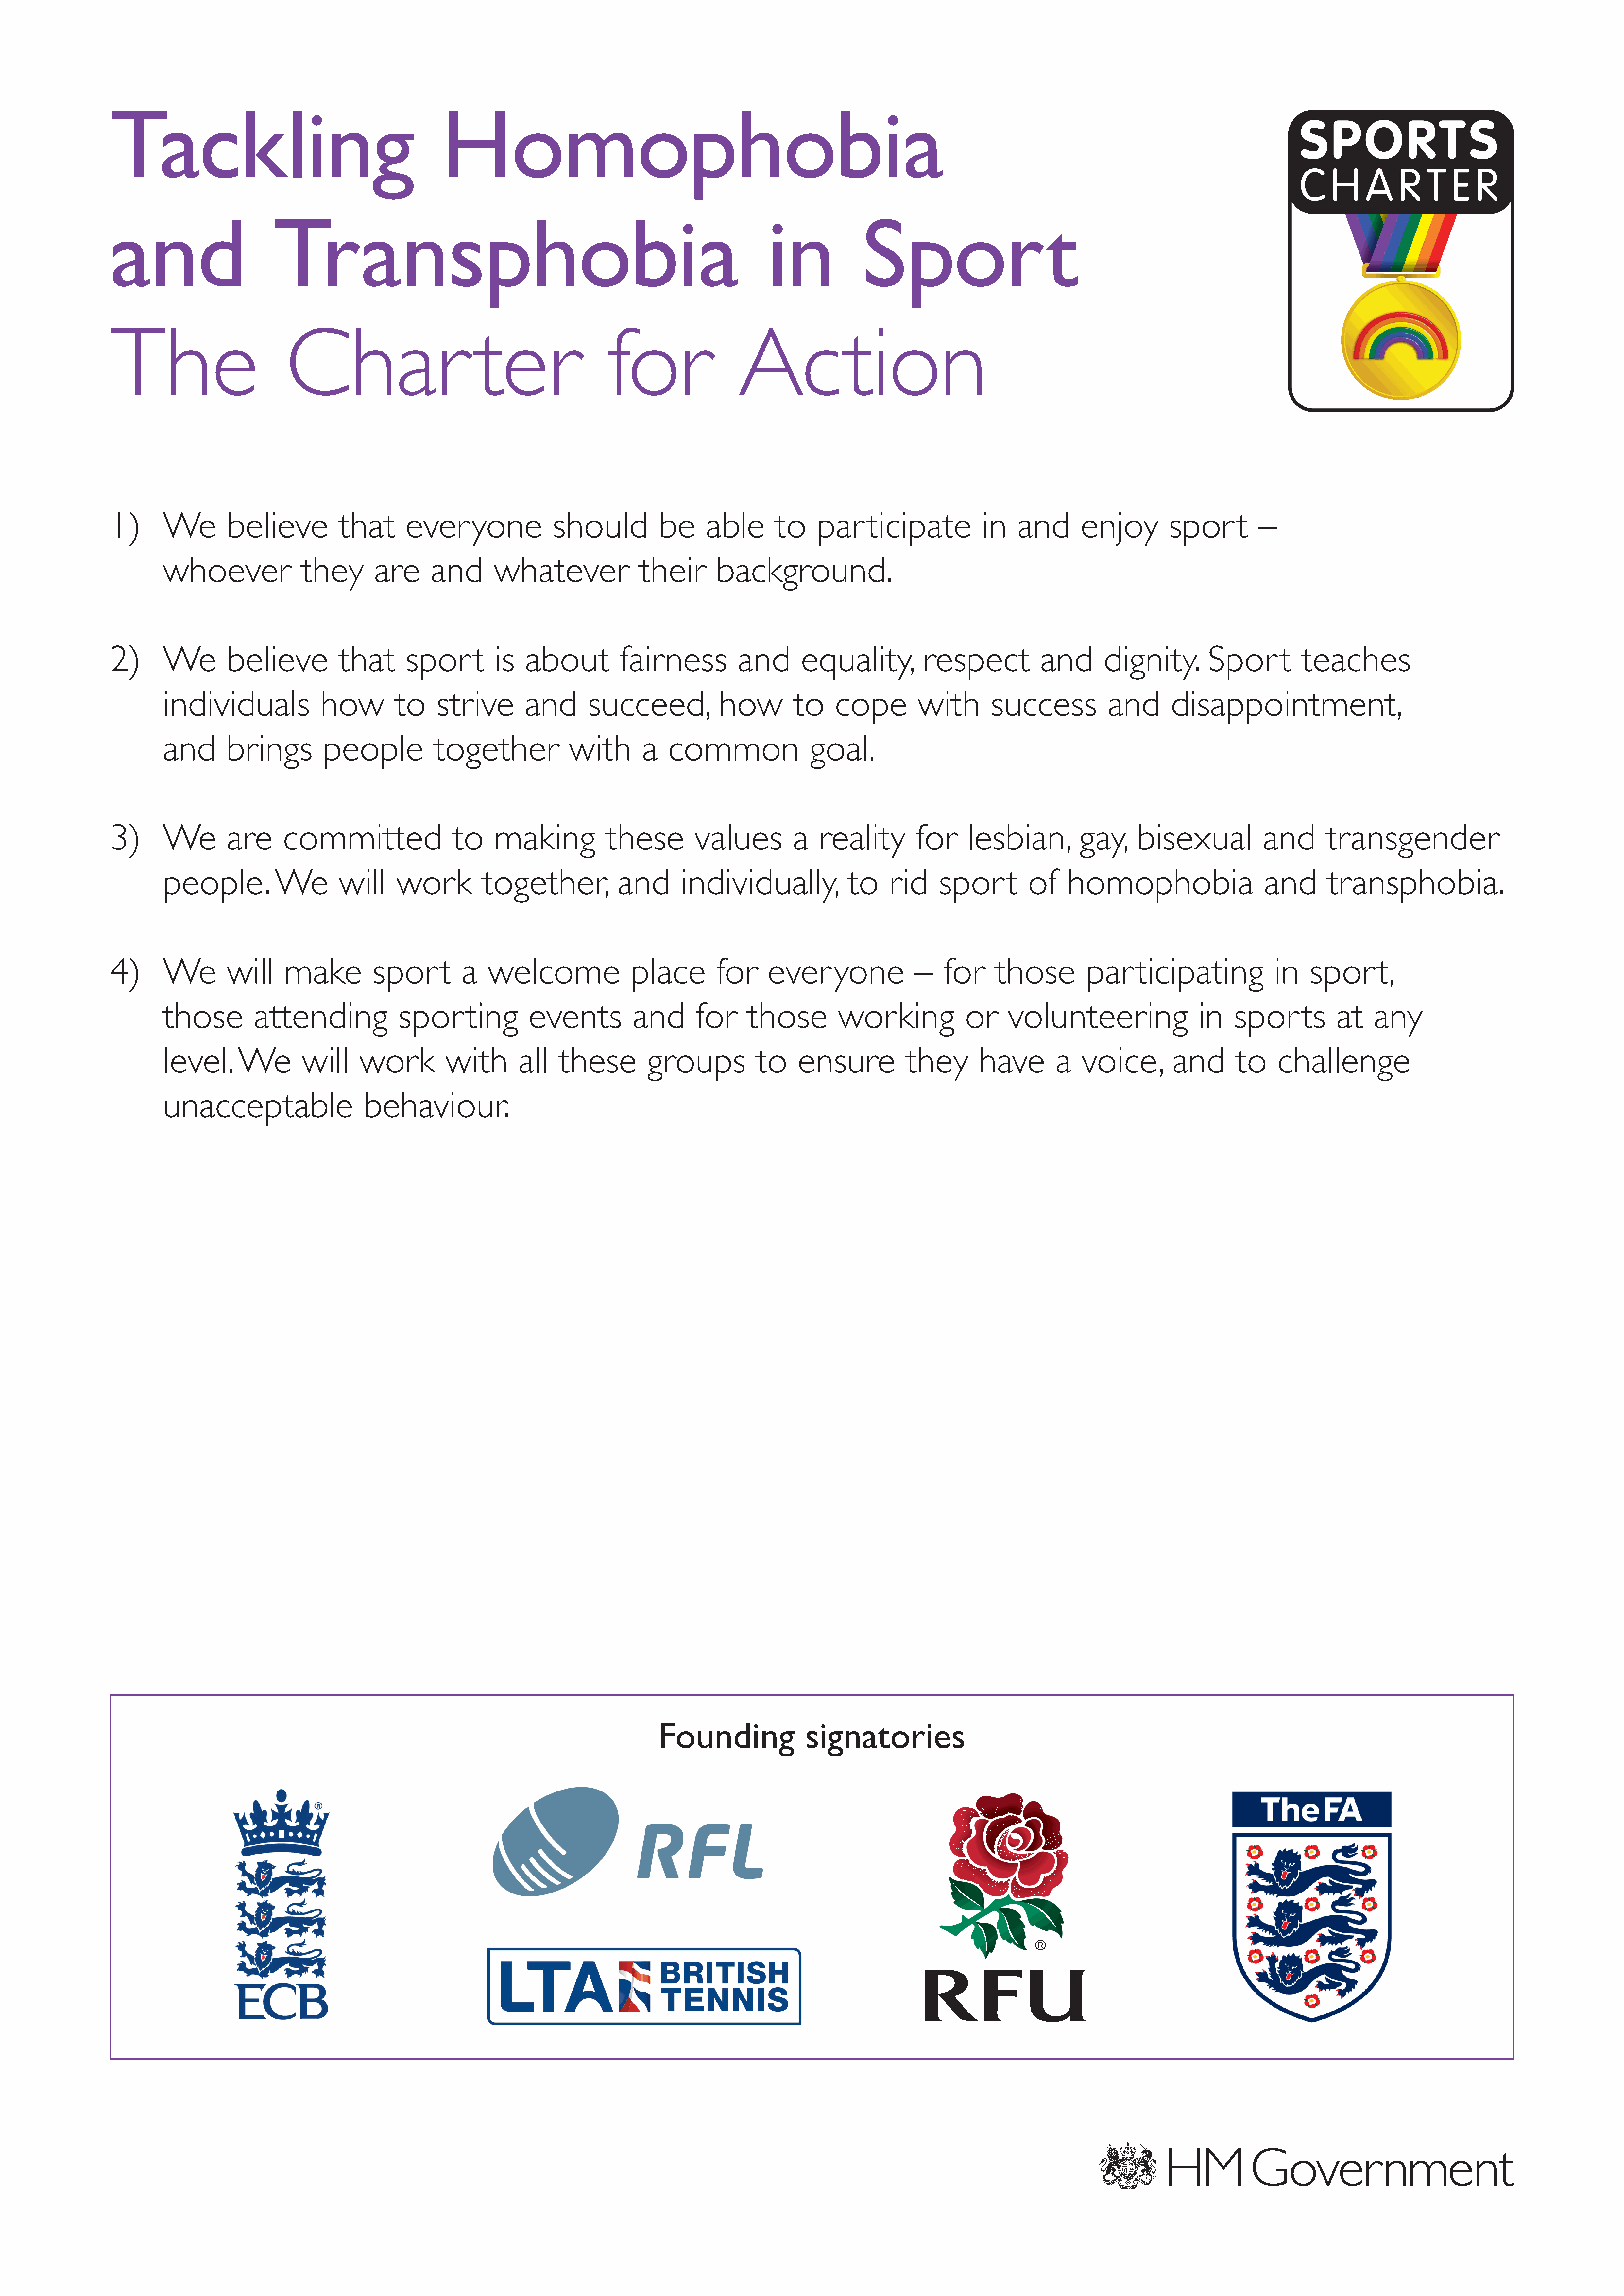
Tackling                                                           Homophobia
 and                              Transphobia                                                                                         in                  Sport
 The                                 Char                                  ter                        for                        Action
 1)         We           believe                that         ever         yone             should               be        able          to      par        ticipate               in     and          enjoy             spor         t    –
 whoever                     they           are        and          whatever                     their           background.
 2)         We           believe                that         spor          t   is    about              fairness                and          equality,                respect                 and         dignity.              Spor          t   teaches
 individuals                     how            to      strive            and          succeed,                   how            to      cope             with           success                and          disappointment,
 and          brings             people                 together                   with           a    common                       goal.
 3)         We           are        committed                          to      making                 these             values             a     reality            for        lesbian,               gay,       bisexual                  and         transgender
 people.                We           will       work              together,                  and          individually,                     to      rid       spor          t   of      homophobia                              and          transphobia.
 4)         We           will        make             spor          t   a     welcome                      place            for       ever          yone            –     for       those              par       ticipating                  in     spor          t,
 those             attending                     spor         ting         events               and          for       those              working                  or       volunteering                           in     spor          ts     at     any
 level.         We           will        work             with           all     these             groups                to       ensure               they           have            a    voice,            and          to       challenge
 unacceptable                             behaviour.
 Founding                      signatories